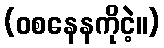
(ဝစနေနကိုငဲ့။)